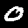
Label: 0